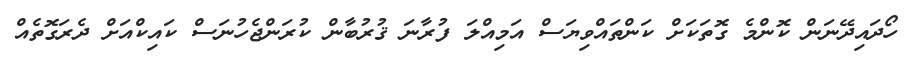
ހޯދައިދޭނަން ކޮންމެ ގޮތަކަށް ކަންތައްވިޔަސް އަމިއްލަ ފުރާނަ ޤުރުބާން ކުރަންޖެހުނަސް ކައިކްއަށް ދެރަގޮތެއް